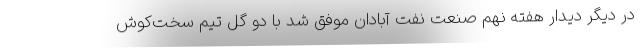
در دیگر دیدار هفته نهم صنعت نفت آبادان موفق شد با دو گل تیم سخت‌کوش